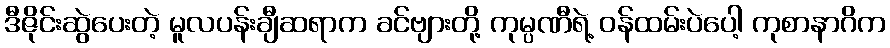
ဒီဇိုင်းဆွဲပေးတဲ့ မူလပန်းချီဆရာက ခင်ဗျားတို့ ကုမ္ပဏီရဲ့ ဝန်ထမ်းပဲပေါ့ ကုစာနာဂိက